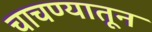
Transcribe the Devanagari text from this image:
चाचण्यातून